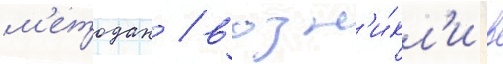
м'етодах / возн'и́кл'и в